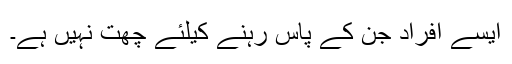
ایسے افراد جن کے پاس رہنے کیلئے چھت نہیں ہے۔